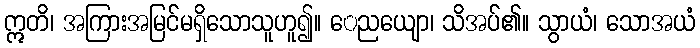
ဣတိ၊ အကြားအမြင်မရှိသောသူဟူ၍။ ေညယျော၊ သိအပ်၏။ သွာယံ၊ သောအယံ